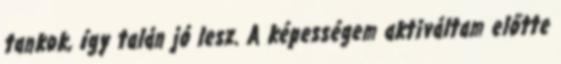
tankok, így talán jó lesz. A képességem aktiváltam előtte